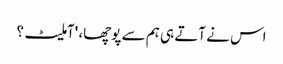
اس نے آتے ہی ہم سے پوچھا، 'آملیٹ؟